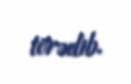
törədib.